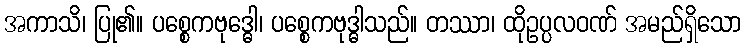
အကာသိ၊ ပြု၏။ ပစ္စေကဗုဒ္ဓေါ၊ ပစ္စေကဗုဒ္ဓါသည်။ တဿာ၊ ထိုဥပ္ပလဝဏ် အမည်ရှိသော